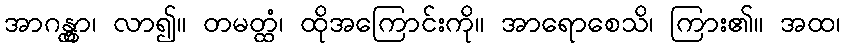
အာဂန္တွာ၊ လာ၍။ တမတ္ထံ၊ ထိုအကြောင်းကို။ အာရောစေသိ၊ ကြား၏။ အထ၊